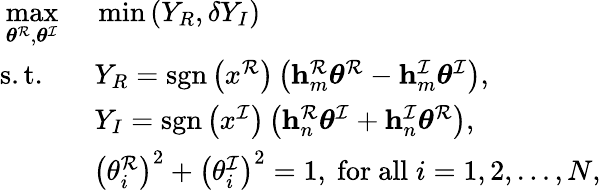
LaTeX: \begin{array}{rl}{\underset{\boldsymbol{\theta}^{\mathcal{R}},\boldsymbol{\theta}^{\mathcal{I}}}{\operatorname*{max}}}&{\ \operatorname*{min}\left(Y_{R},\delta Y_{I}\right)}\\ {\mathrm{s.t.}\; \; }&{\; Y_{R}=\mathrm{sgn}\left(x^{\mathcal{R}}\right)\left(\mathbf{h}_{m}^{\mathcal{R}}\boldsymbol{\theta}^{\mathcal{R}}-\mathbf{h}_{m}^{\mathcal{I}}\boldsymbol{\theta}^{\mathcal{I}}\right),}\\ &{\; Y_{I}=\mathrm{sgn}\left(x^{\mathcal{I}}\right)\left(\mathbf{h}_{n}^{\mathcal{R}}\boldsymbol{\theta}^{\mathcal{I}}+\mathbf{h}_{n}^{\mathcal{I}}\boldsymbol{\theta}^{\mathcal{R}}\right),}\\ &{\ \left(\theta_{i}^{\mathcal{R}}\right)^{2}+\left(\theta_{i}^{\mathcal{I}}\right)^{2}=1,\ \mathrm{for~all}\; i=1,2,\dots,N,}\end{array}